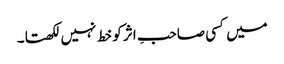
میں کسی صاحبِ اثر کو خط نہیں لکھتا۔